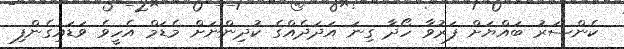
ކެންސަރު ބައްޔަށް ފަރުވާ ހޯދާ ގިނަ އަދަދެއްގެ ކުދިންނަށް މެޑަމް އެހީވެ ވަޑައިގެންފި